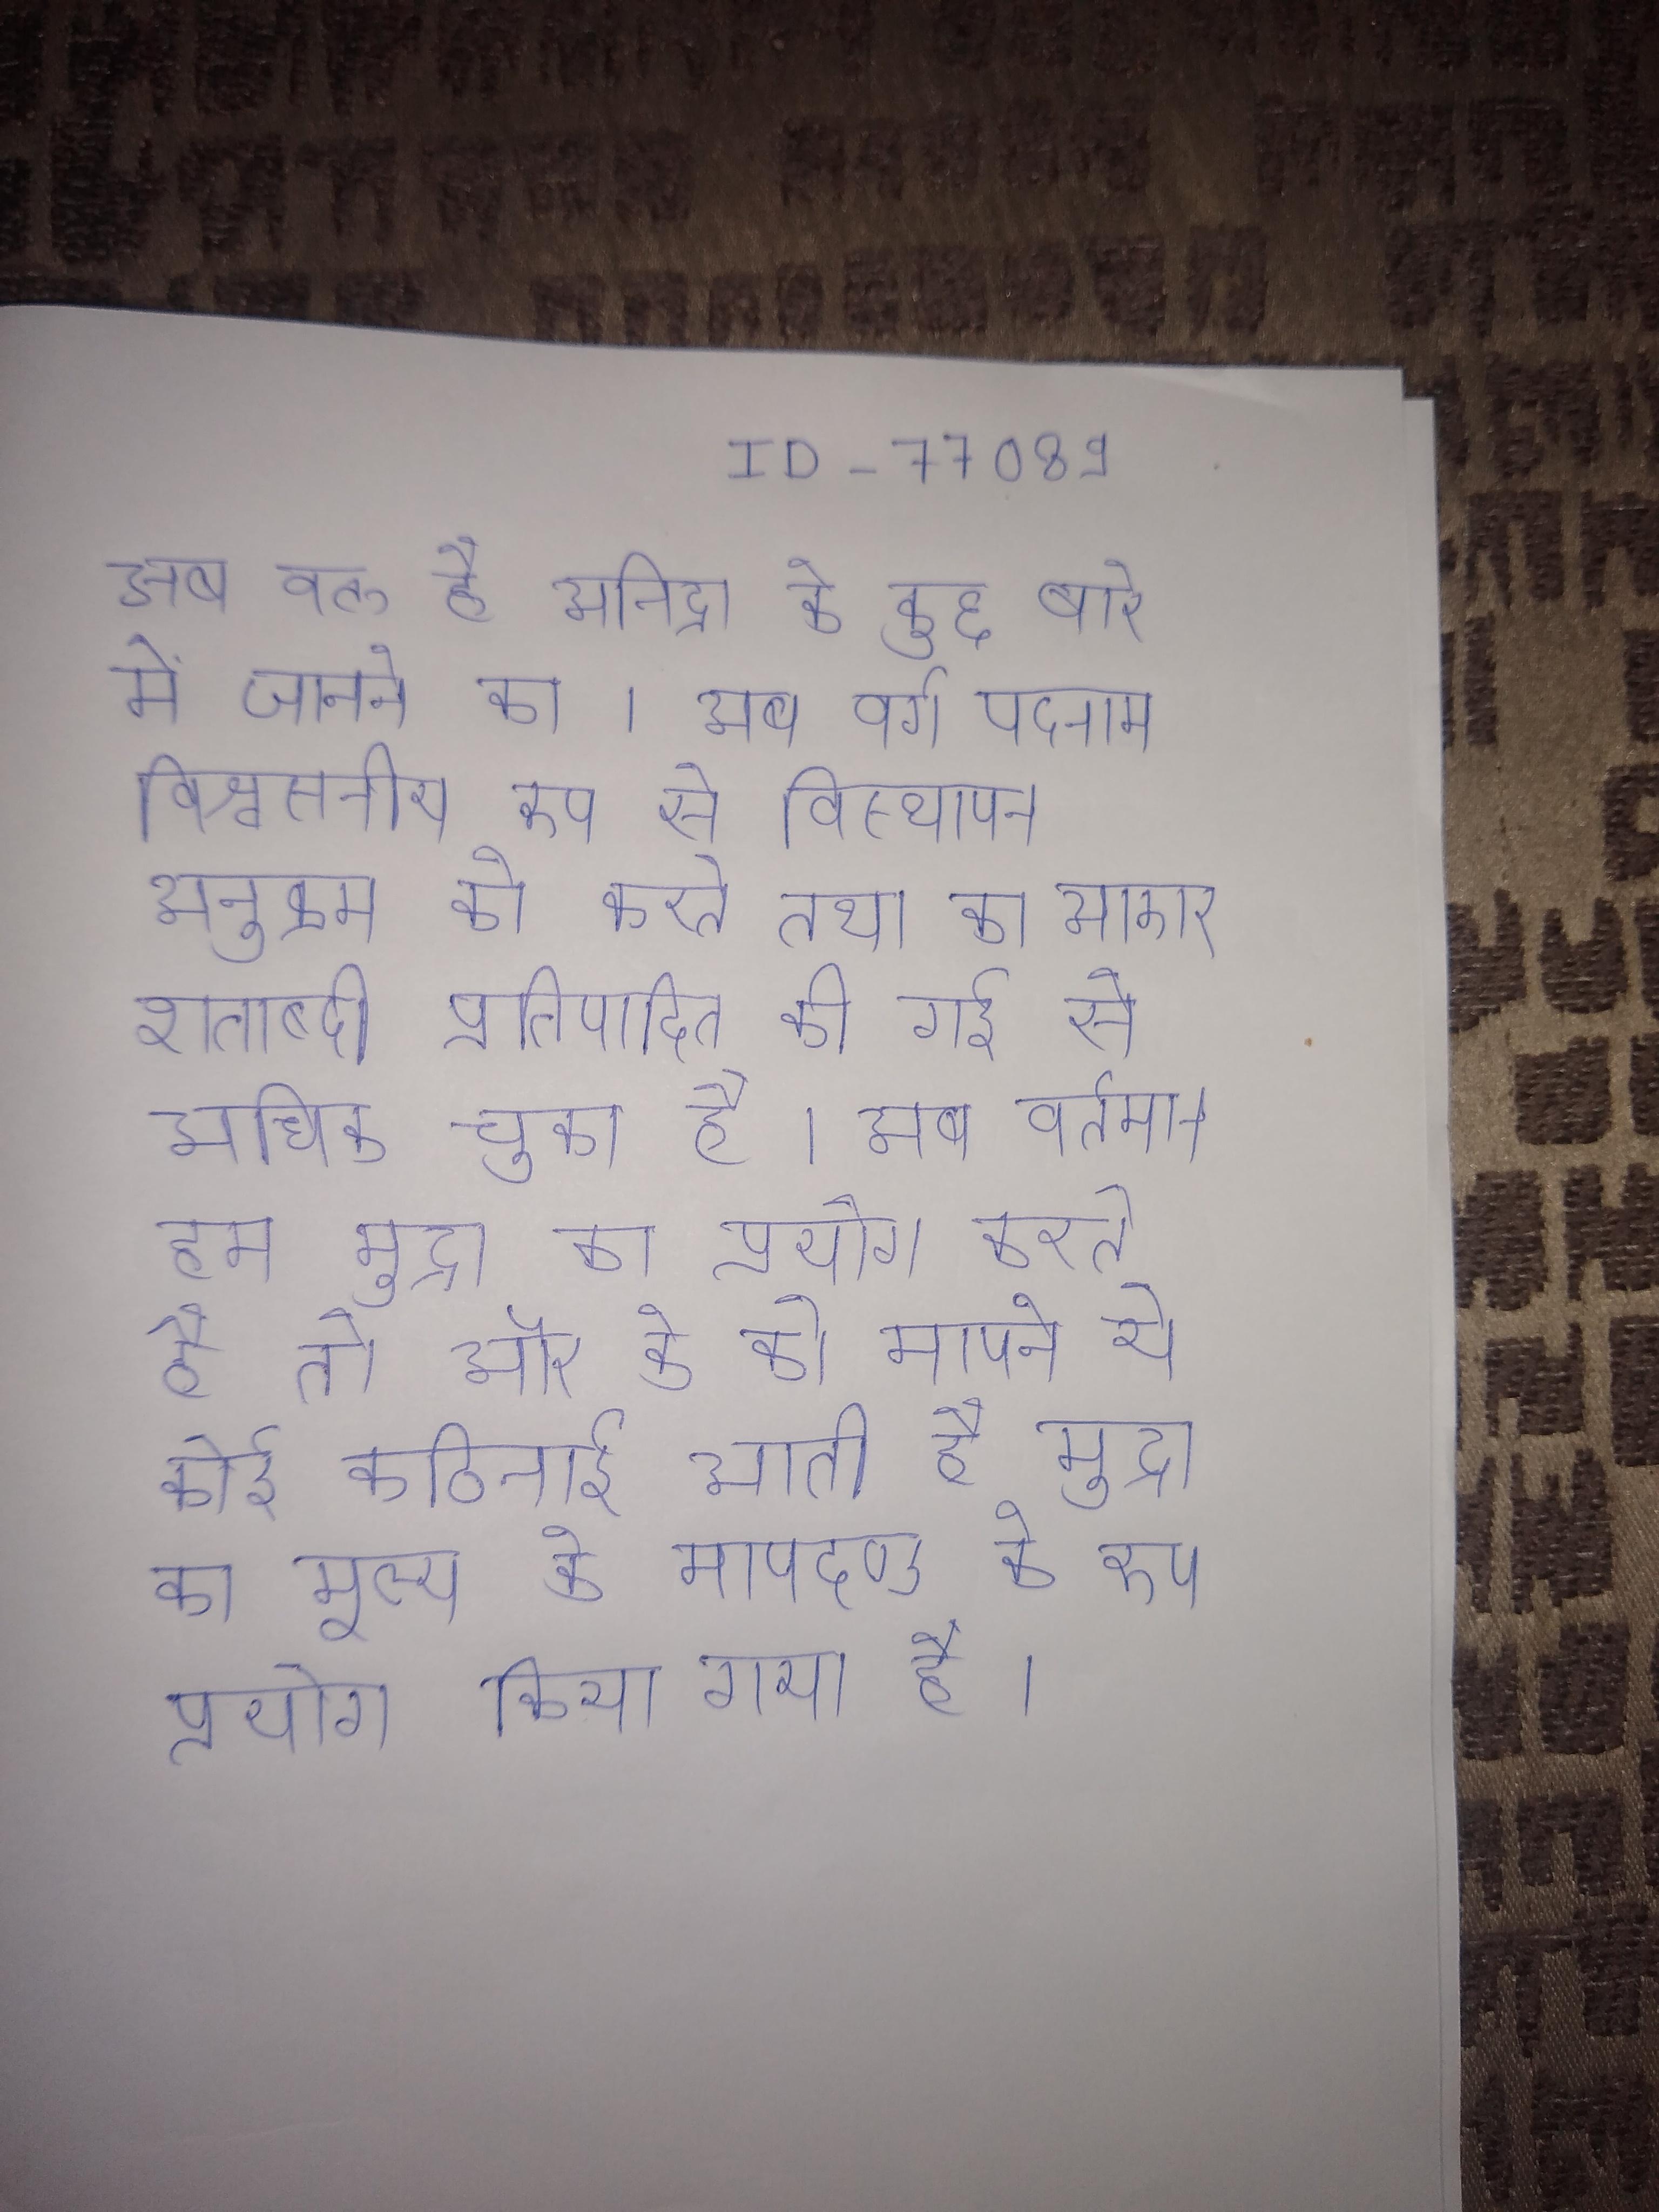
अब वक्त है अनिद्रा के कुछ के बारे जानने का । अब वर्ग पदनाम विश्वसनीय रूप से विस्थापन अनुक्रम को करते तथा का आकार शताब्दी प्रतिपादित की गयी से अधिक चुका है । अब वर्तमान हम मुद्रा का प्रयोग करते है तो और के को मापने ये कोई कठिनाई आती है मुद्रा का मूल्य के मापदण्ड के रूप प्रयोग किया गया है ।